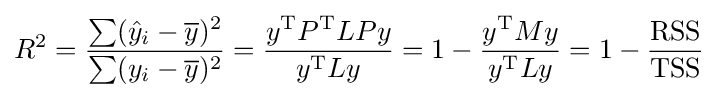
R^{2}={\frac {\sum ({\hat {y}}_{i}-{\overline {y}})^{2}}{\sum (y_{i}-{\overline {y}})^{2}}}={\frac {y^{\mathrm {T} }P^{\mathrm {T} }LPy}{y^{\mathrm {T} }Ly}}=1-{\frac {y^{\mathrm {T} }My}{y^{\mathrm {T} }Ly}}=1-{\frac {\rm {RSS}}{\rm {TSS}}}